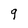
Character: 9